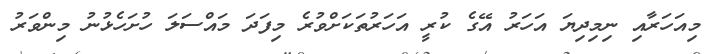
މިއަހަރާއި ނިމިދިޔަ އަހަރު އޭގެ ކުރީ އަހަރުތަކަށްވުރެ މިފަދަ މައްސަލަ ހުށަހެޅުނު މިންވަރު